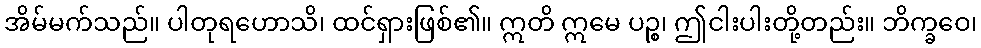
အိမ်မက်သည်။ ပါတုရဟောသိ၊ ထင်ရှားဖြစ်၏။ ဣတိ ဣမေ ပဉ္စ၊ ဤငါးပါးတို့တည်း။ ဘိက္ခဝေ၊